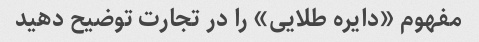
مفهوم «دایره طلایی» را در تجارت توضیح دهید